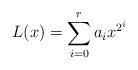
LaTeX: \begin{align*}L(x)=\sum_{i=0}^r a_ix^{2^i}\end{align*}